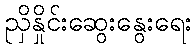
ညှိနှိုင်းဆွေးနွေးရေး